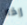
إذا